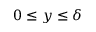
0 \le y \le \delta